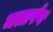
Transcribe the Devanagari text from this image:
जलार्पण